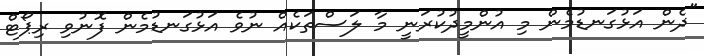
"ދެން އަޅުގަނޑުމެން މި އުންމީދުކުރަނީ މާ ލަސްތަކެއް ނުވެ އަޅުގަނޑުމެން ފޮނުވި ރިޕޯޓް